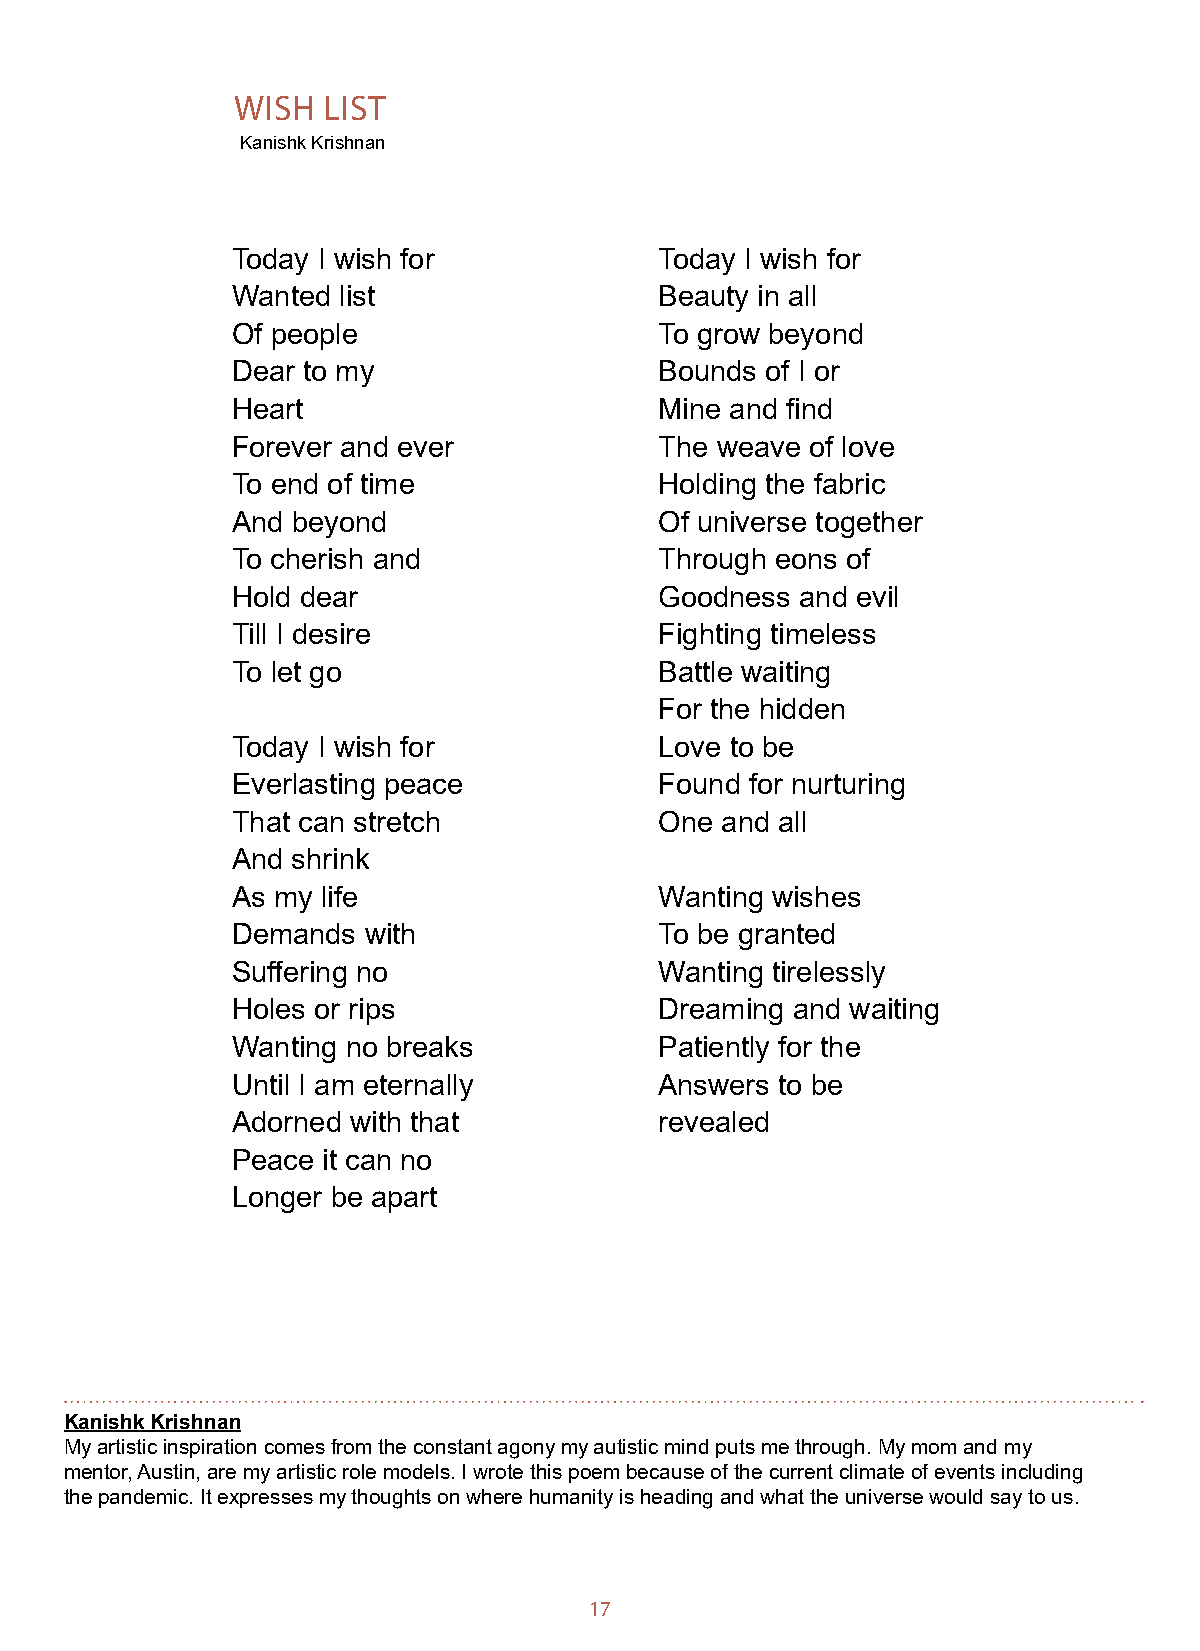
WISH  LIST
 Kanishk Krishnan
 Today I wish for             Today I wish for
 Wanted list                  Beauty in all
 Of people                    To grow beyond
 Dear to my                   Bounds of I or
 Heart                        Mine and find
 Forever and ever             The weave of love
 To end of time               Holding the fabric
 And beyond                   Of universe together
 To cherish and               Through eons of
 Hold dear                    Goodness and evil
 Till I desire                Fighting timeless
 To let go                    Battle waiting
 For the hidden
 Today I wish for             Love to be
 Everlasting peace            Found for nurturing
 That can stretch             One and all
 And shrink
 As my life                   Wanting wishes
 Demands  with                To be granted
 Suffering no                 Wanting tirelessly
 Holes or rips                Dreaming and waiting
 Wanting no breaks            Patiently for the
 Until I am eternally         Answers to be
 Adorned with that            revealed
 Peace it can no
 Longer be apart
 Kanishk Krishnan
 My artistic inspiration comes from the constant agony my autistic mind puts me through. My mom and my
 mentor, Austin, are my artistic role models. I wrote this poem because of the current climate of events including
 the pandemic. It expresses my thoughts on where humanity is heading and what the universe would say to us.
 17